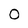
Character: O